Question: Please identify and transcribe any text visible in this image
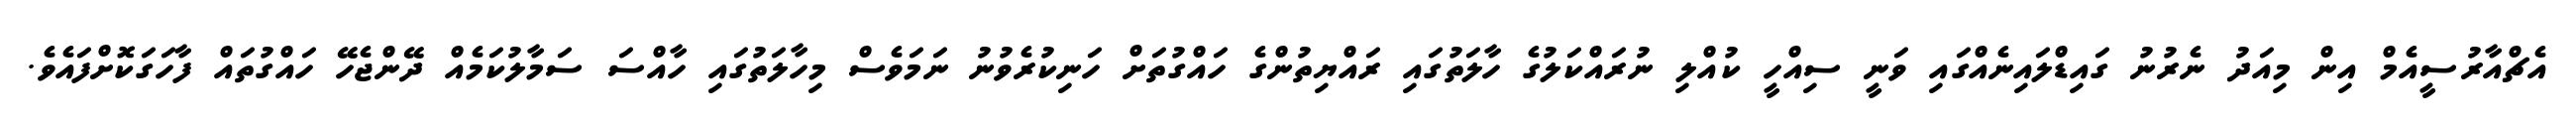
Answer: އެޗްއާރުސީއެމް އިން މިއަދު ނެރުނު ގައިޑްލައިނެއްގައި ވަނީ ސިއްހީ ކުއްލި ނުރައްކަލުގެ ހާލަތުގައި ރައްޔިތުންގެ ހައްގުތަށް ހަނިކުރެވުނު ނަމަވެސް މިހާލަތުގައި ހާއްސަ ސަމާލުކަމެއް ދޭންޖެހޭ ހައްގުތައް ފާހަގަކޮށްފައެވެ.